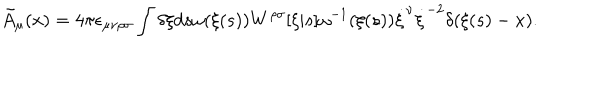
\tilde { A } _ { \mu } ( x ) = 4 \pi \epsilon _ { \mu \nu \rho \sigma } \int \delta \xi d s \omega ( \xi ( s ) ) W ^ { \rho \sigma } [ \xi | s ] \omega ^ { - 1 } ( \xi ( s ) ) \dot { \xi } ^ { \nu } \dot { \xi } ^ { - 2 } \delta ( \xi ( s ) - x ) .